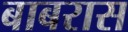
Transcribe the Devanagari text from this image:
बाबरास